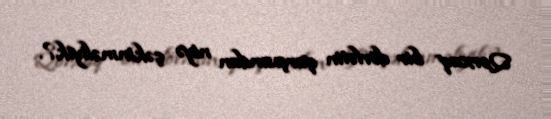
Qorxaq bir dövlətin qarşısından niyə çəkinməliyik?.